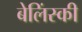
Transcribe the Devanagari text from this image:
बेलिंस्की